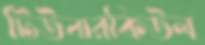
টিউবারকিউল